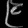
Digit: ၉